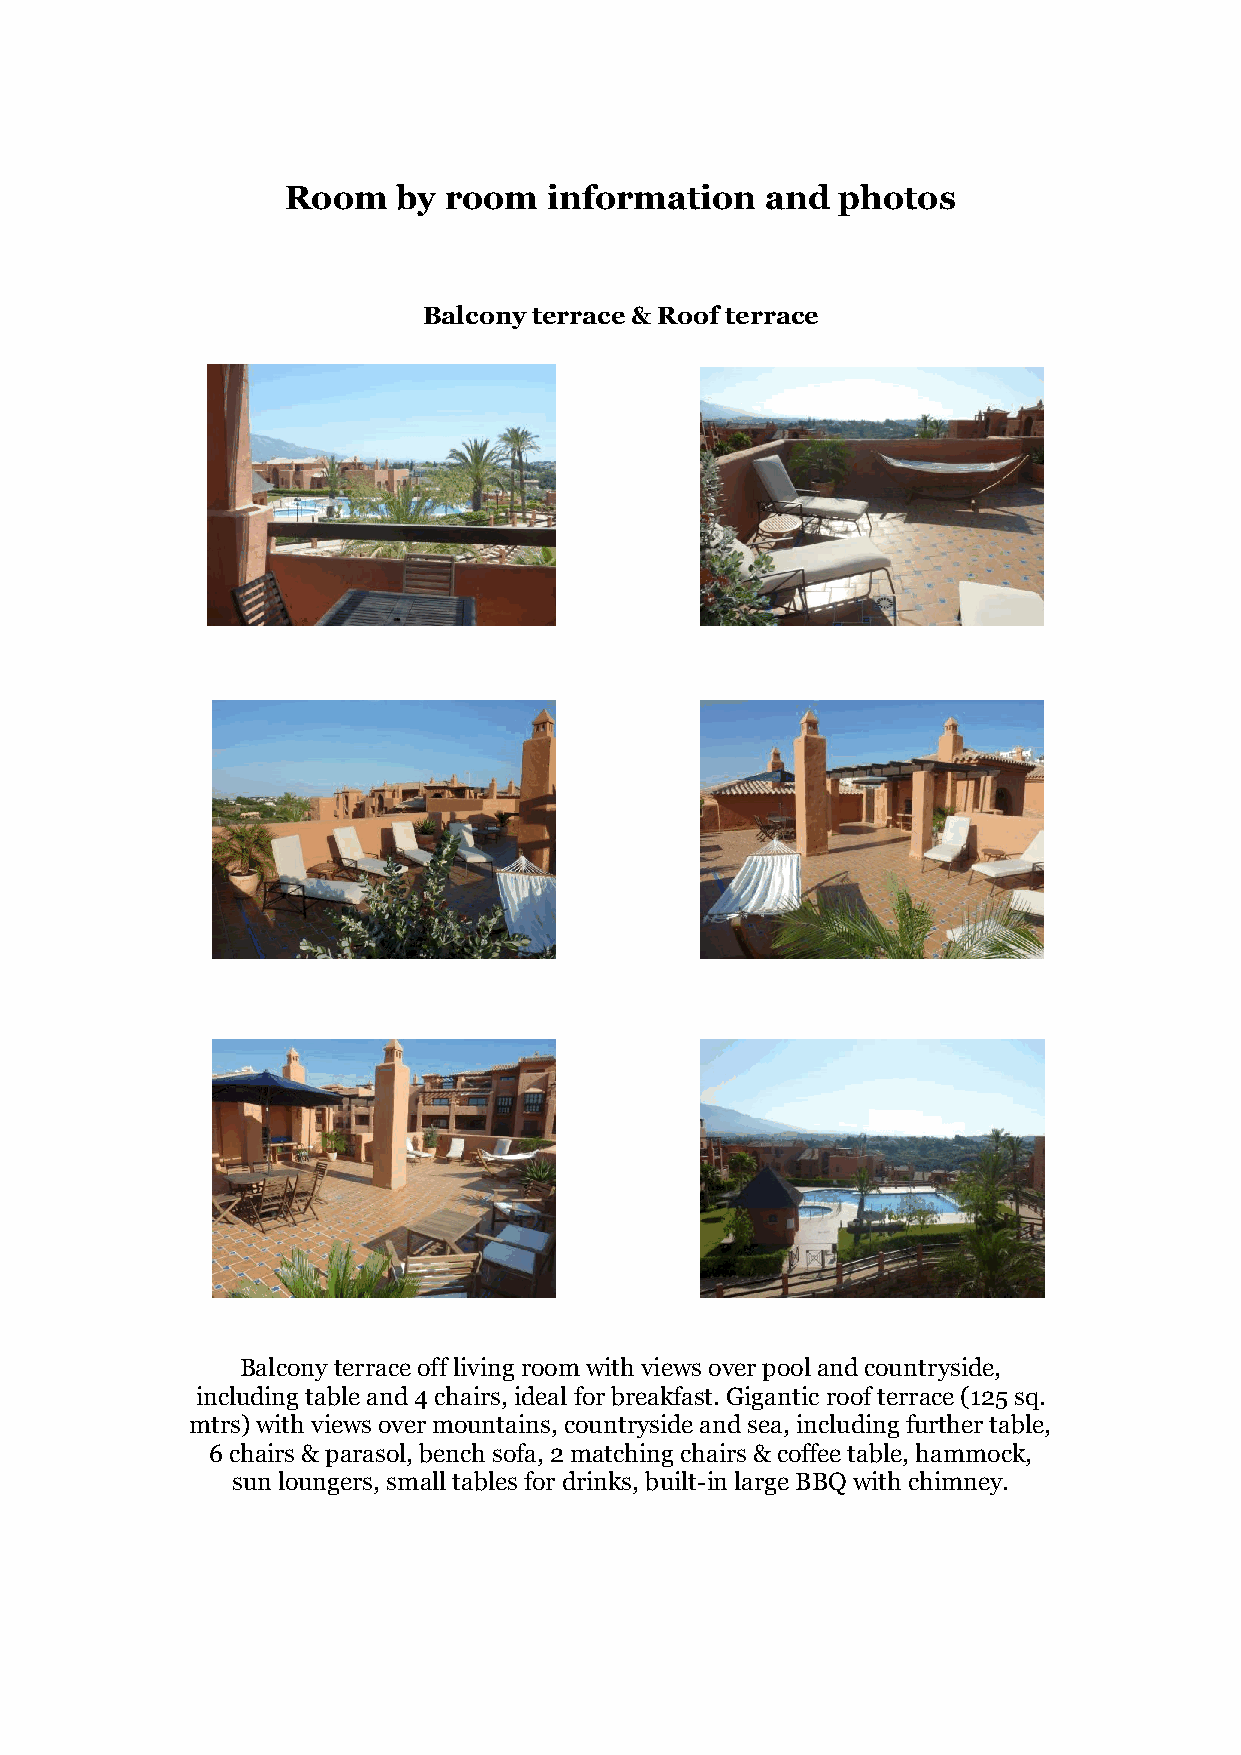
Room   by room   information    and photos
 Balcony terrace & Roof terrace
 Balcony terrace off living room with views over pool and countryside,
 including table and 4 chairs, ideal for breakfast. Gigantic roof terrace (125 sq.
 mtrs) with views over mountains, countryside and sea, including further table,
 6 chairs & parasol, bench sofa, 2 matching chairs & coffee table, hammock,
 sun loungers, small tables for drinks, built-in large BBQ with chimney.